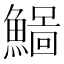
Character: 𩻂